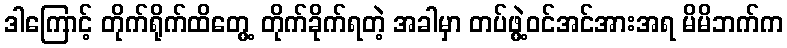
ဒါကြောင့် တိုက်ရိုက်ထိတွေ့ တိုက်ခိုက်ရတဲ့ အခါမှာ တပ်ဖွဲ့ဝင်အင်အားအရ မိမိဘက်က